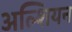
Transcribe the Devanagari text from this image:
अल्शियन